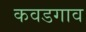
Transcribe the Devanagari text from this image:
कवडगाव